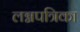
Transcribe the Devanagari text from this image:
लग्नपत्रिका